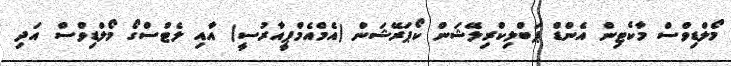
މޯލްޑިވްސް މާކެޓިން އެންޑް ޕަބްލިކްރިލޭޝަން ކޯޕަރޭޝަން (އެމްއެމްޕީއާރުސީ) އާއި ލެޓްސްގޯ މޯލްޑިވްސް އަދި